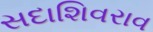
સદાશિવરાવ